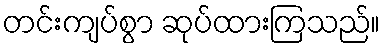
တင်းကျပ်စွာ ဆုပ်ထားကြသည်။